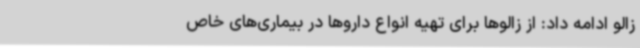
زالو ادامه داد: از زالوها برای تهیه انواع داروها در بیماری‌های خاص